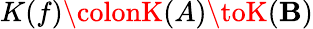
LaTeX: K(f)\colonK(A)\toK(\mathbf{B})